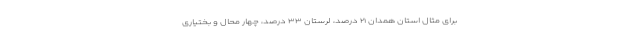
برای مثال استان همدان ۲۱ درصد، لرستان ۳۳ درصد، چهار محال و بختیاری